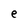
Character: e